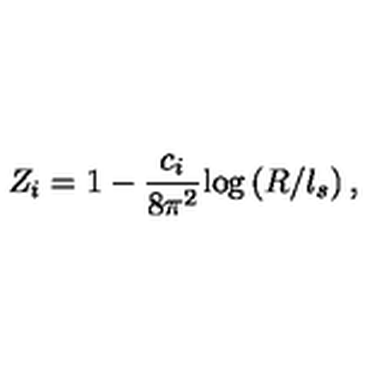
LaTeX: Z _ { i } = 1 - \frac { c _ { i } } { 8 \pi ^ { 2 } } \mathrm { l o g } \left( R / l _ { s } \right) ,